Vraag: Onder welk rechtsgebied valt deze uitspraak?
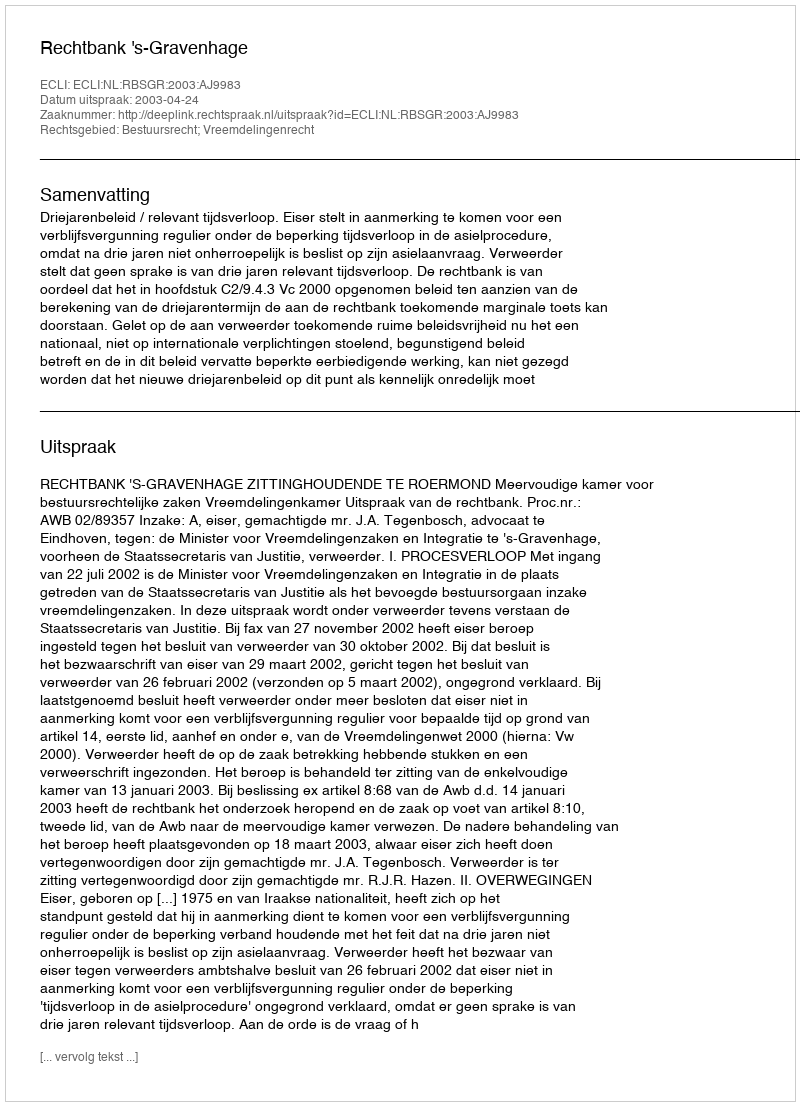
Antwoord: Bestuursrecht; Vreemdelingenrecht